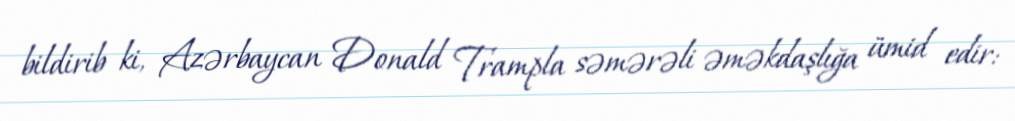
bildirib ki, Azərbaycan Donald Trampla səmərəli əməkdaşlığa ümid edir: